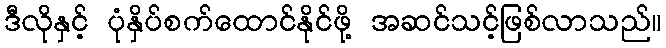
ဒီလိုနှင့် ပုံနှိပ်စက်ထောင်နိုင်ဖို့ အဆင်သင့်ဖြစ်လာသည်။